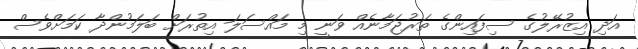
އަދި އިޒުރޭލުގެ ސިފައިންގެ ތަރުޖަމާނެއް ވަނީ މި މައްސަލަ އިތުރަށް ބަލަމުންދާ ކަމަށްވެސް